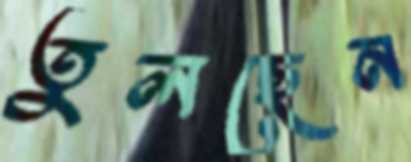
তুলছেন